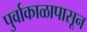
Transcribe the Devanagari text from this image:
पुर्वाकाळापासून